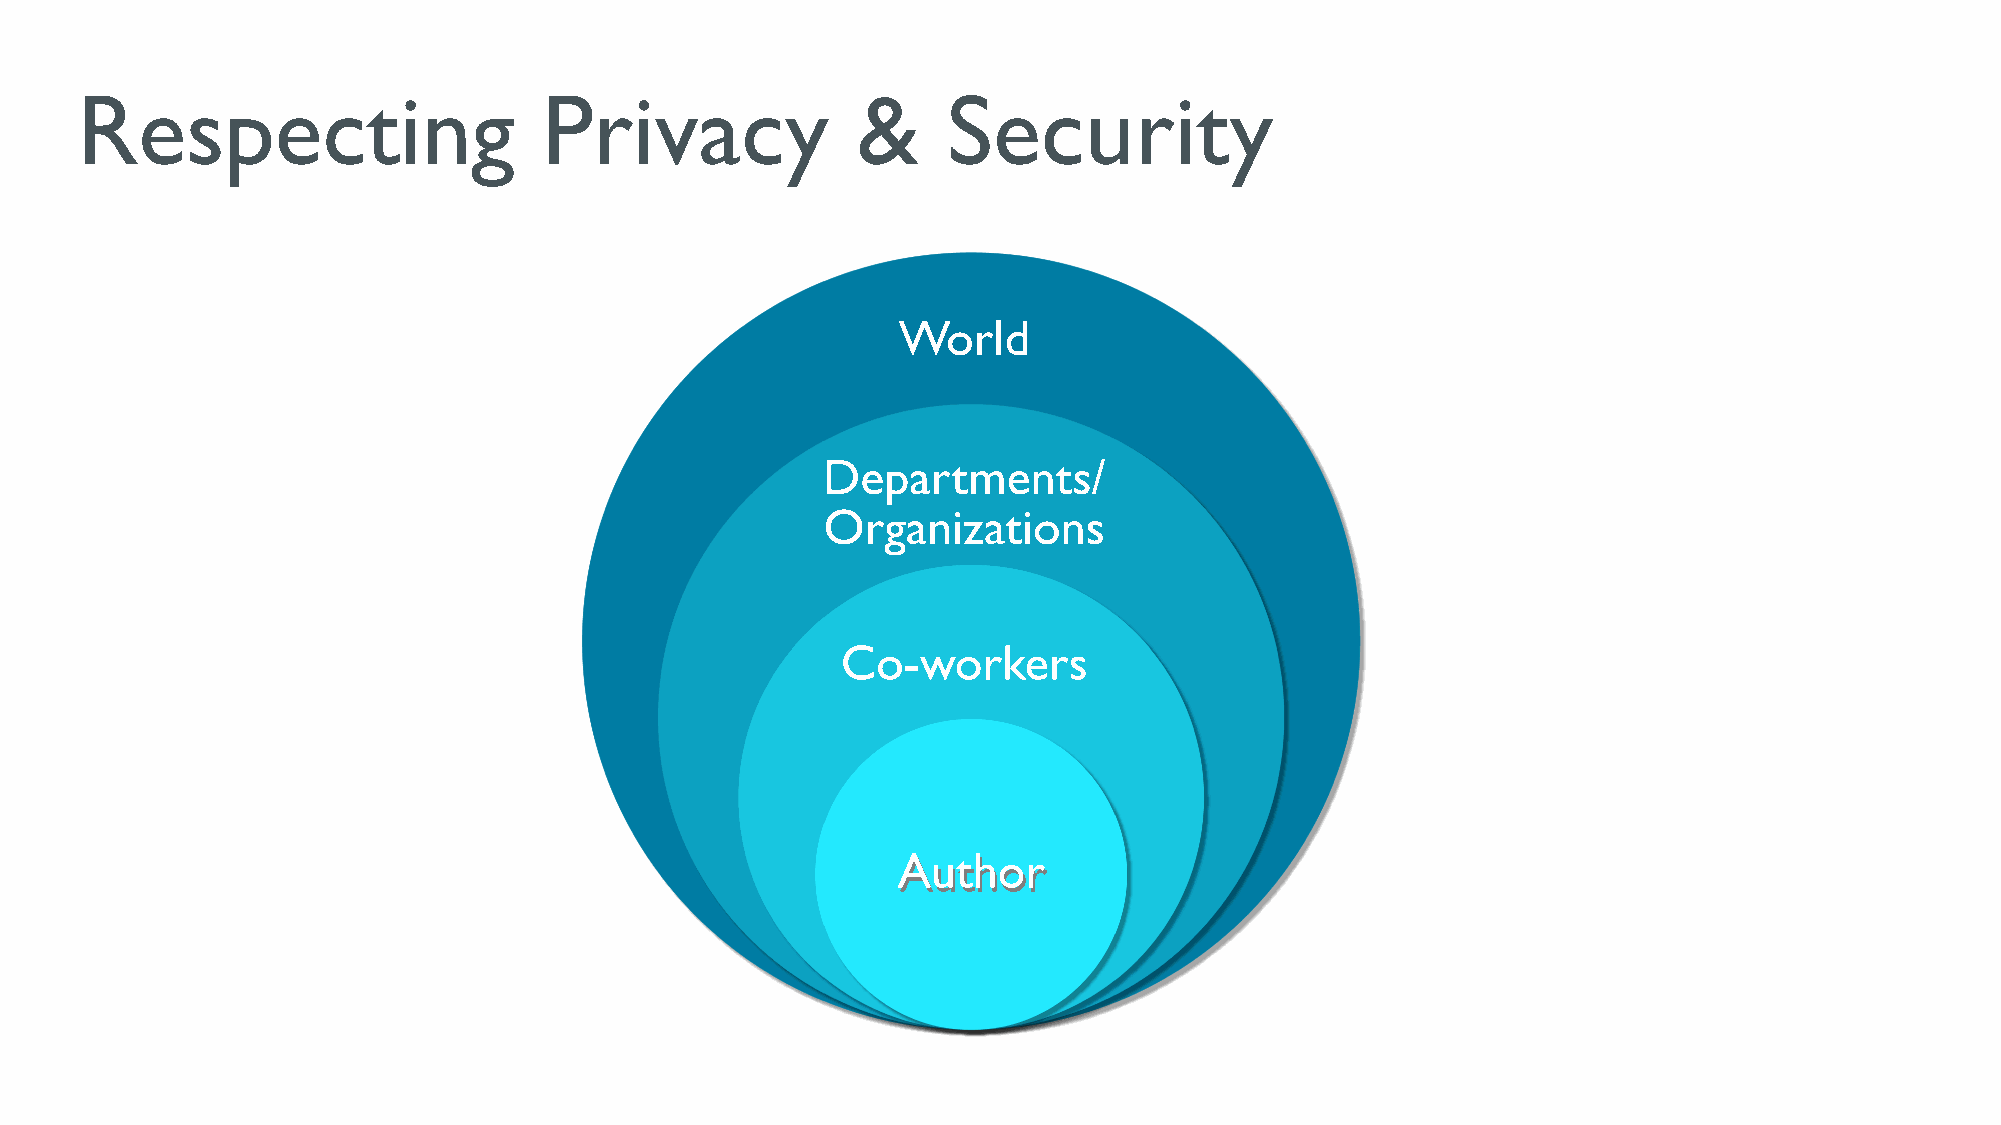
Respecting                     Privacy              &     Security
 World
 Departments/
 Organizations
 Co-workers
 AAuutthhoorr